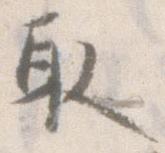
取